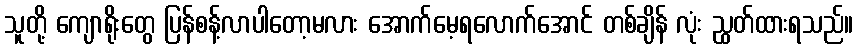
သူတို့ ကျောရိုးတွေ ပြန်စန့်လာပါတော့မလား အောက်မေ့ရလောက်အောင် တစ်ချိန် လုံး ညွှတ်ထားရသည်။